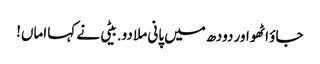
جاؤ اٹھو اور دودھ میں پانی ملا دو.بیٹی نے کہا اماں!